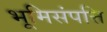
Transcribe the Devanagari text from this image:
भूमिसंपत्ति